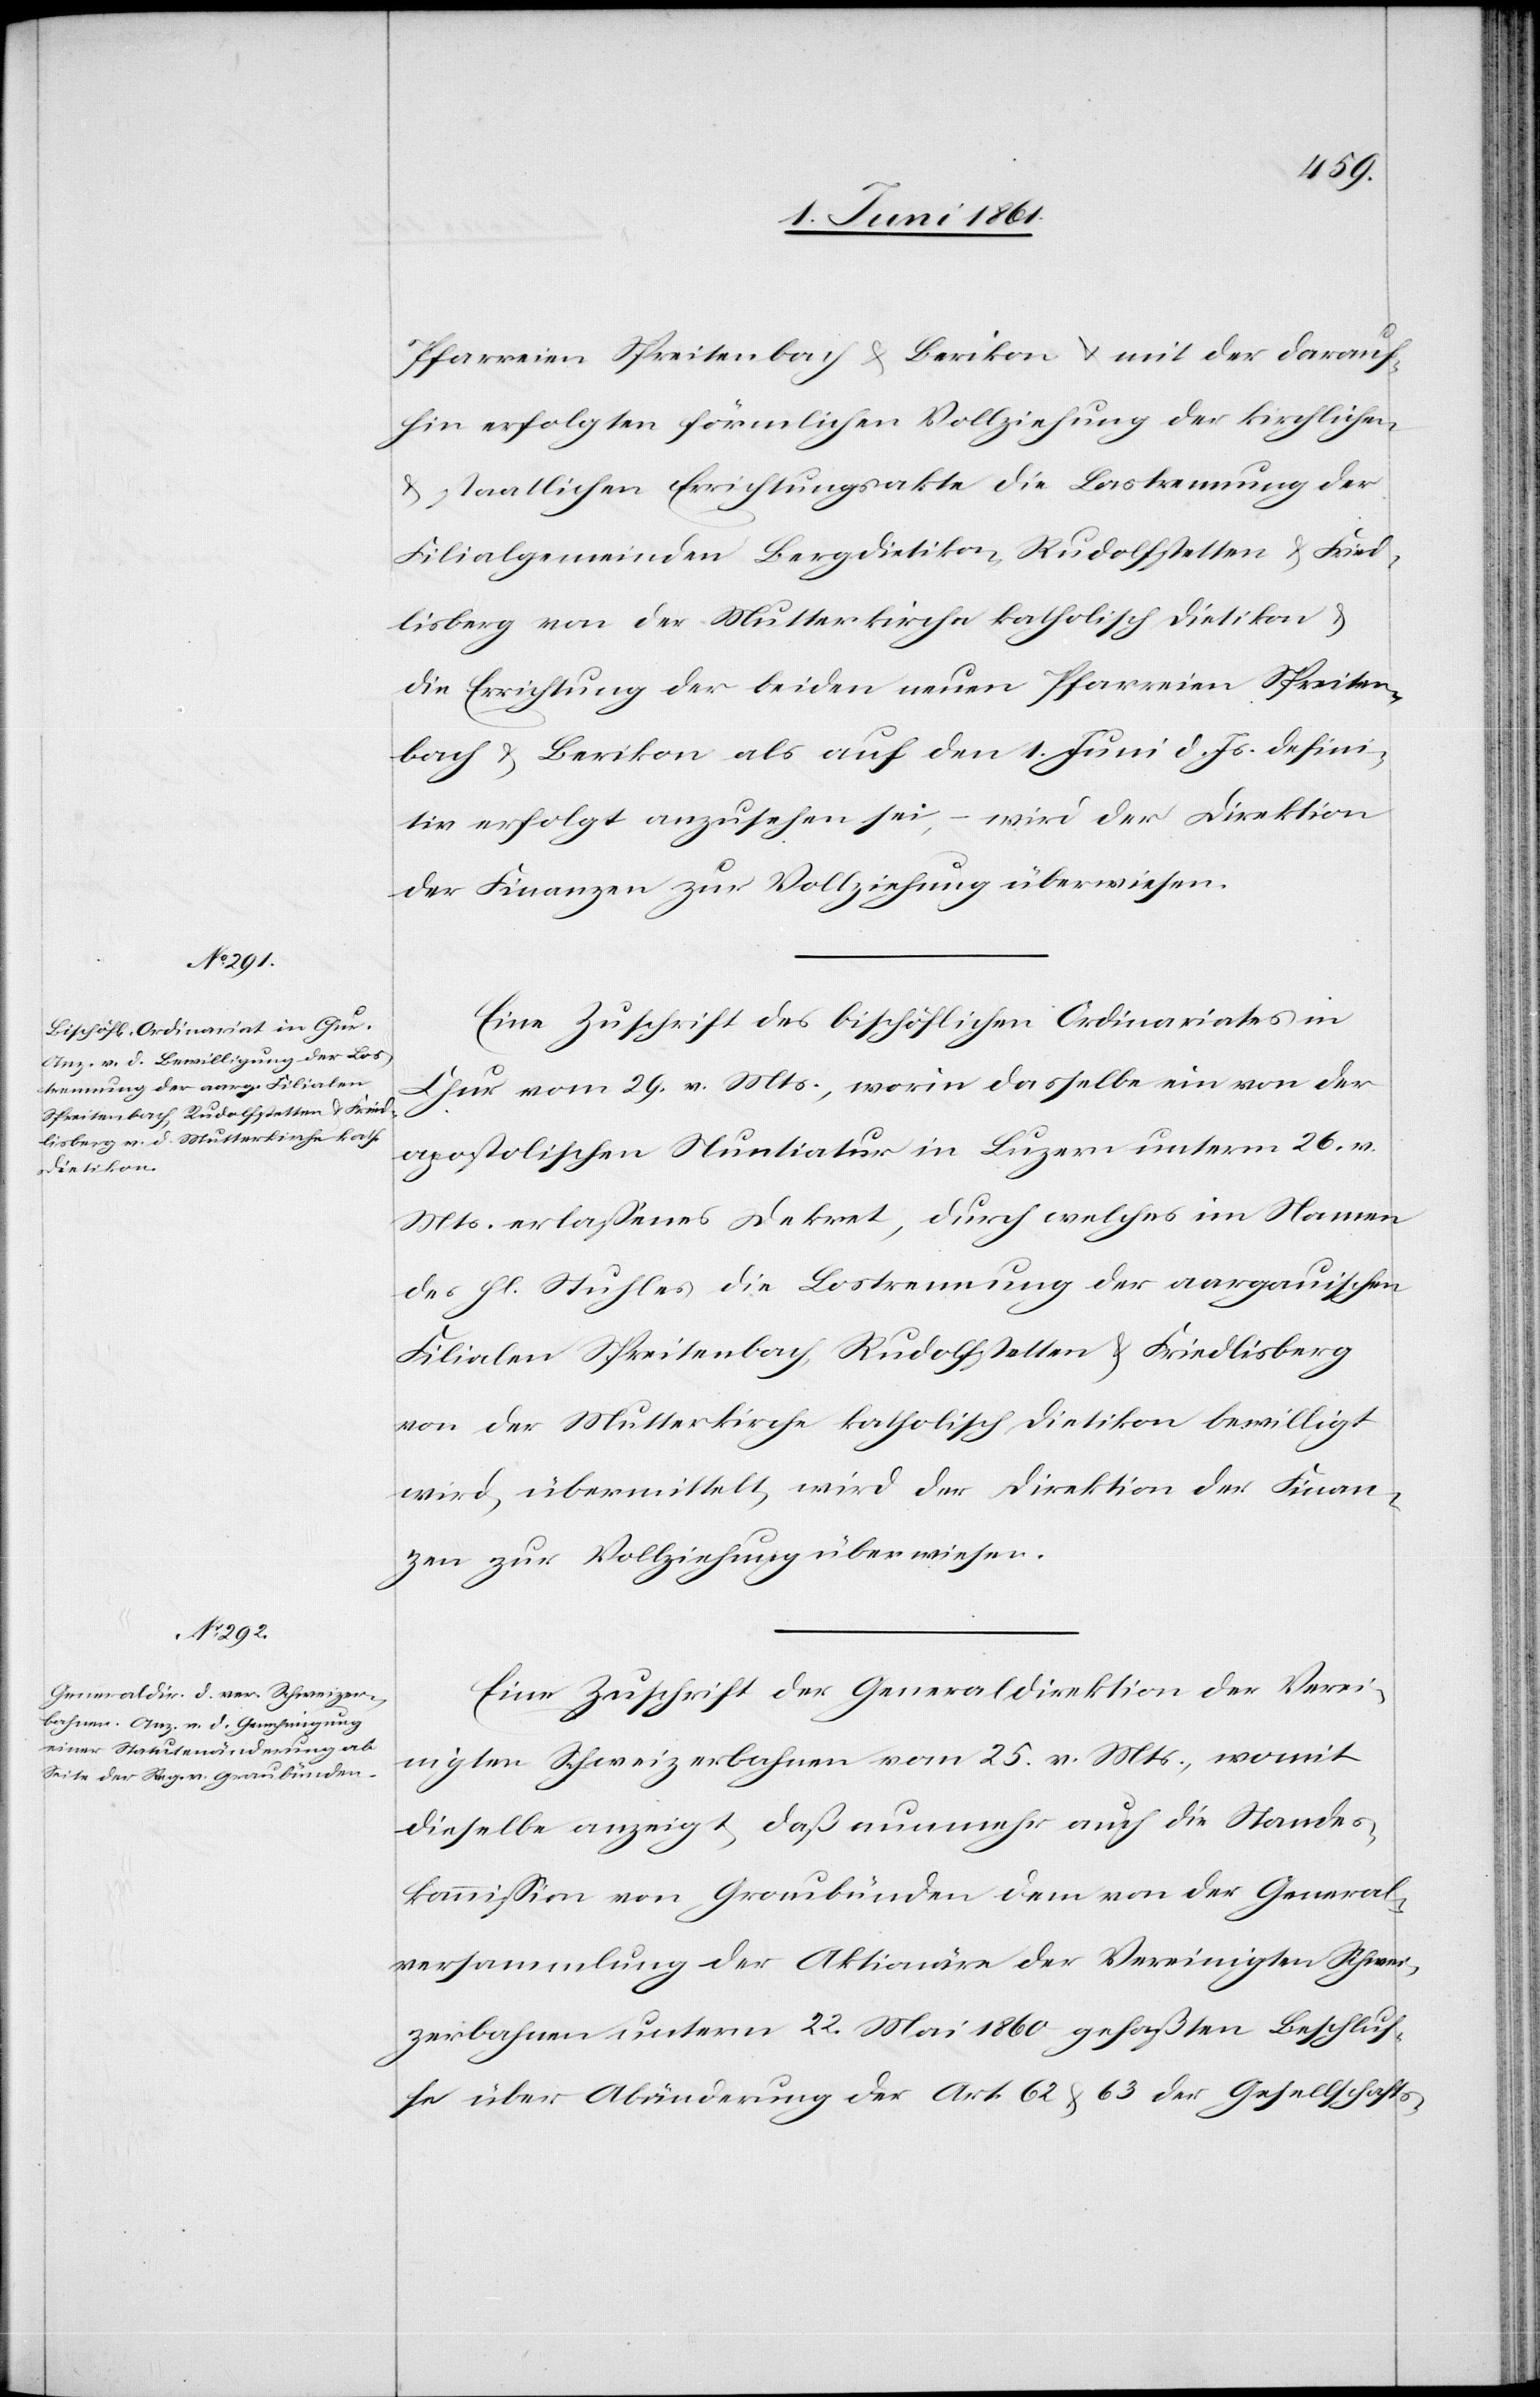
Pfarreien Spreitenbach u. Berikon u. mit der darauf¬
hin erfolgten förmlichen Vollziehung der kirchlichen
u. staatlichen Errichtungsakte die Lostrennung der
Filialgemeinden Bergdietikon, Rudolfstetten u. Fried¬
lisberg von der Mutterkirche katholisch Dietikon u.
die Errichtung der beiden neuen Pfarreien Spreiten¬
bach u. Berikon als auf den 1. Juni d. Js. defini¬
tiv erfolgt anzusehen sei, – wird der Direktion
der Finanzen zur Vollziehung überwiesen.
Eine Zuschrift des bischöflichen Ordinariates in
Chur vom 29. v. Mts., worin dasselbe ein von der
apostolischen Nuntiatur in Luzern unterm 26. v.
Mts. erlassenes Dekret, durch welches im Namen
des hl. Stuhles die Lostrennung der aargauischen
Filialen Spreitenbach, Rudolfstetten u. Friedlisberg
von der Mutterkirche katholisch Dietikon bewilligt
wird, übermittelt, wird der Direktion der Finan¬
zen zur Vollziehung überwiesen.
Eine Zuschrift der Generaldirektion der Verei¬
nigten Schweizerbahnen vom 25. v. Mts., womit
dieselbe anzeigt, daß nunmehr auch die Standes¬
kommission von Graubünden dem von der General¬
versammlung der Aktionäre der Vereinigten Schwei¬
zerbahnen unterm 22. Mai 1860 gefaßten Beschlus¬
se über Abänderung der Art. 62 u. 63 der Gesellschafts-